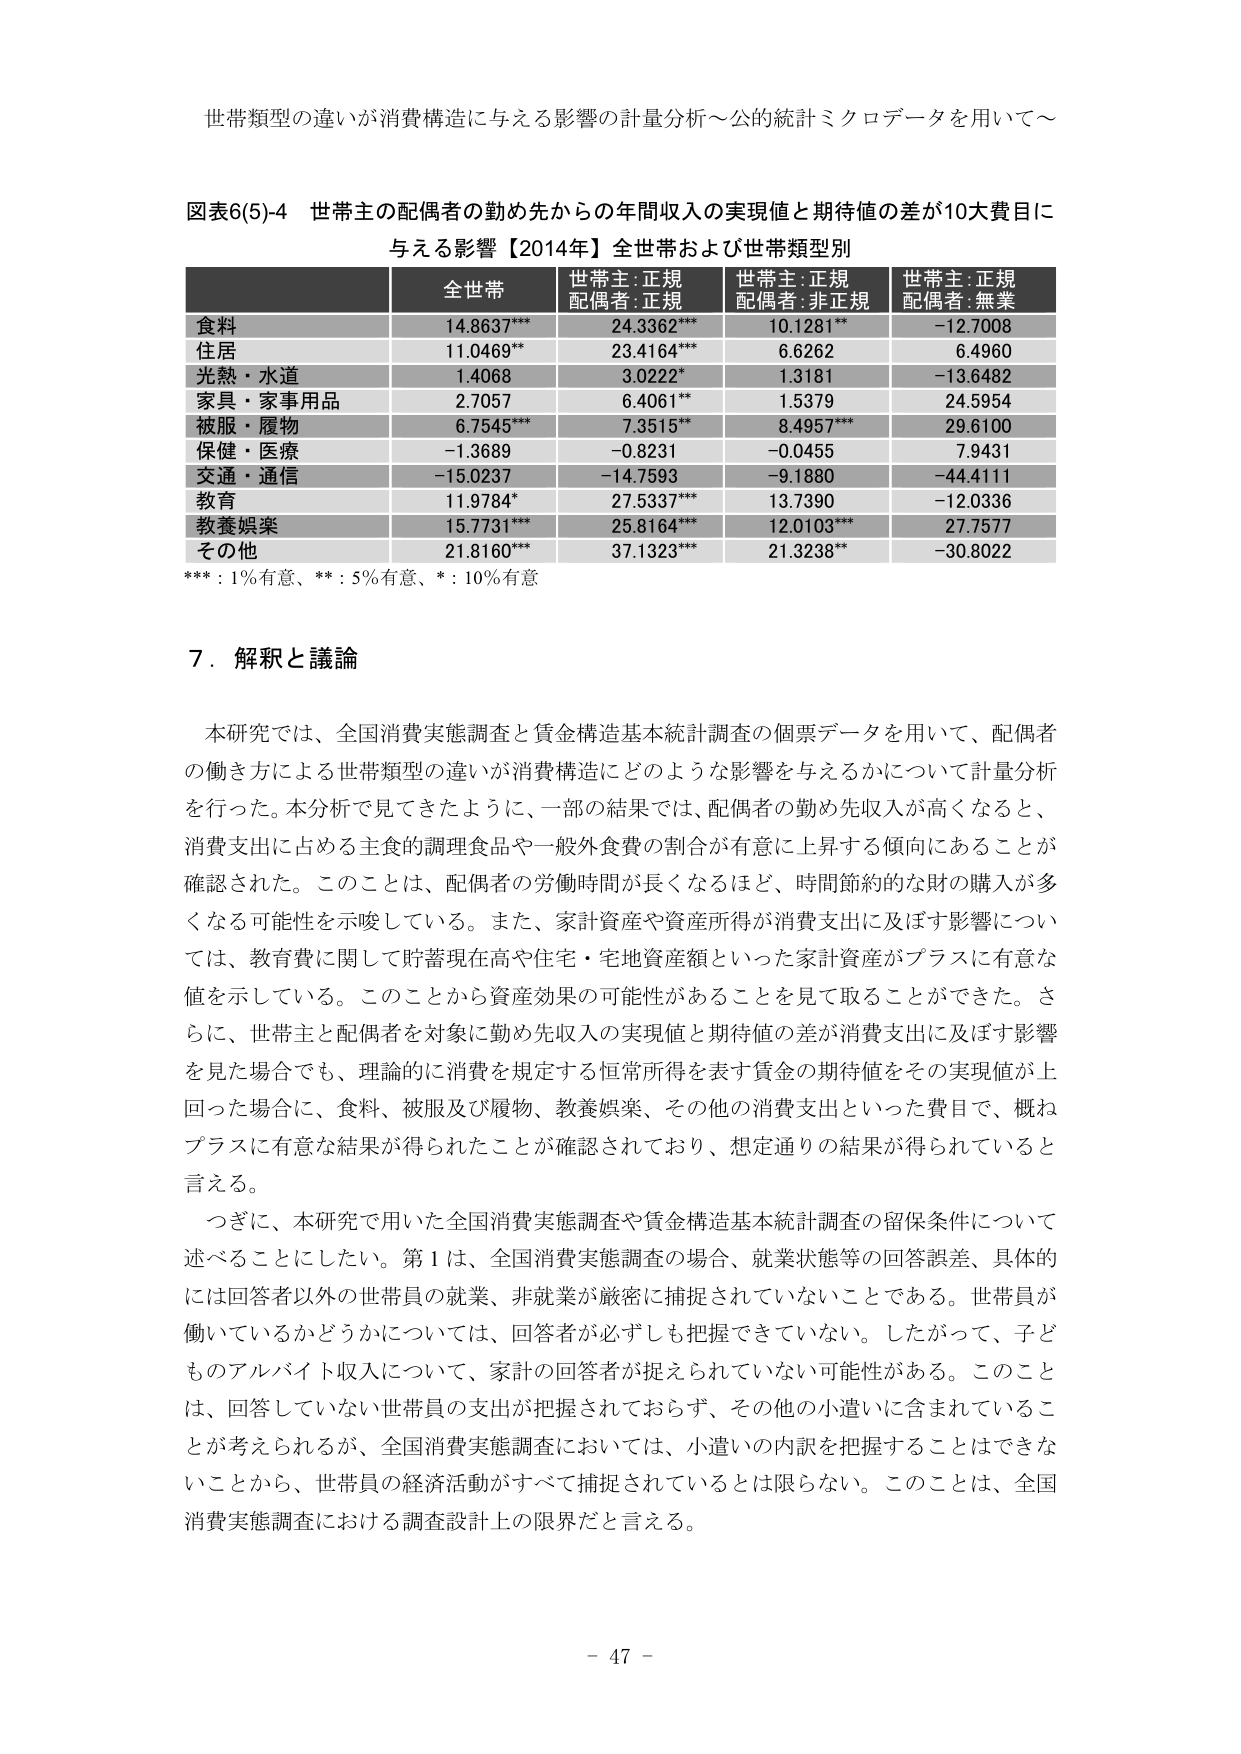
世帯類型の違いが消費構造に与える影響の計量分析～公的統計ミクロデータを用いて～

図表6(5)-4 世帯主の配偶者の勤め先からの年間収入の実現値と期待値の差が10大費目に与える影響【2014年】全世帯および世帯類型別

全世帯 世帯主:正規 配偶者:正規 世帯主:正規 配偶者:非正規 世帯主:正規 配偶者:無業
食料 14.8637*** 24.3362*** 10.1281** -12.7008
住居 11.0469** 23.4164*** 6.6262 6.4960
光熱・水道 1.4068 3.0222* 1.3181 -13.6482
家具・家事用品 2.7057 6.4061** 1.5379 24.5954
被服・履物 6.7545*** 7.3515** 8.4957*** 29.6100
保健・医療 -1.3689 -0.8231 -0.0455 7.9431
交通・通信 -15.0237 -14.7593 -9.1880 -44.4111
教育 11.9784* 27.5337*** 13.7390 -12.0336
教養娯楽 15.7731*** 25.8164*** 12.0103*** 27.7577
その他 21.8160*** 37.1323*** 21.3238** -30.8022

*** : 1%有意、** : 5%有意、* : 10%有意

7. 解釈と議論

本研究では、全国消費実態調査と賃金構造基本統計調査の個票データを用いて、配偶者の働き方による世帯類型の違いが消費構造にどのような影響を与えるかについて計量分析を行った。本分析で見てきたように、一部の結果では、配偶者の勤め先収入が高くなると、消費支出に占める主食の調理食品や一般外食費の割合が有意に上昇する傾向にあることが確認された。このことは、配偶者の労働時間が長くなるほど、時間節約的な財の購入が多くなる可能性を示唆している。また、家計資産や資産所得が消費支出に及ぼす影響については、教育費に関して貯蓄現在高や住宅・宅地資産額といった家計資産がプラスに有意な値を示している。このことから資産効果の可能性があることを見て取ることができた。さらに、世帯主と配偶者を対象に勤め先収入の実現値と期待値の差が消費支出に及ぼす影響を見た場合でも、理論的に消費を規定する恒常所得を表す賃金の期待値をその実現値が上回った場合に、食料、被服及び履物、教養娯楽、その他の消費支出といった費目で、概ねプラスに有意な結果が得られたことが確認されており、想定通りの結果が得られていると言える。

つぎに、本研究で用いた全国消費実態調査や賃金構造基本統計調査の留保条件について述べることにしたい。第1は、全国消費実態調査の場合、就業状態等の回答誤差、具体的には回答者以外の世帯員の就業、非就業が厳密に捕捉されていないことである。世帯員が働いているかどうかについては、回答者が必ずしも把握できていない。したがって、子どものアルバイト収入について、家計の回答者が捉えられていない可能性がある。このことは、回答していない世帯員の支出が把握されておらず、その他の小遣いに含まれていることが考えられるが、全国消費実態調査においては、小遣いの内訳を把握することはできないことから、世帯員の経済活動がすべて捕捉されているとは限らない。このことは、全国消費実態調査における調査設計上の限界だと言える。

- 47 -